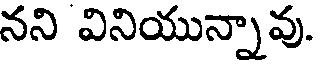
నని వినియున్నావు.